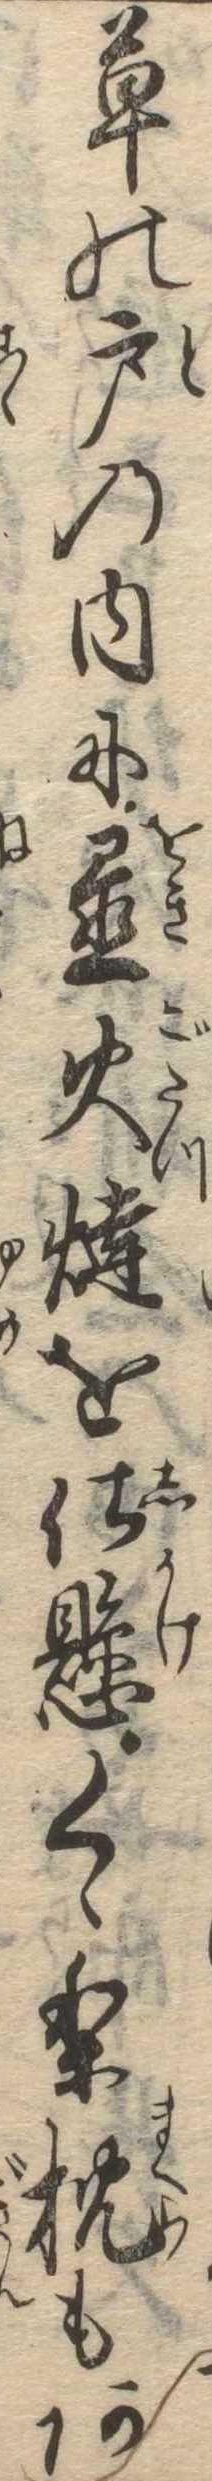
草の戸の内に置火燵を仕懸くゝり枕もあ